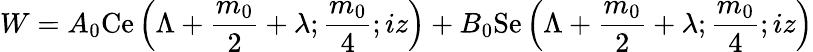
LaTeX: W=A_{0}\textrm{Ce}\left(\Lambda+\frac{m_{0}}{2}+\lambda;\frac{m_{0}}{4};iz\right)+B_{0}\textrm{Se}\left(\Lambda+\frac{m_{0}}{2}+\lambda;\frac{m_{0}}{4};iz\right)